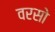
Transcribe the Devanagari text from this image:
वरसो